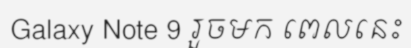
Galaxy Note 9 រួចមក ពេលនេះ